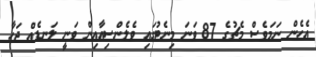
އެހެން ނަމަވެސް މެޗުގެ 87 ވަނަ މިނެޓުގައި ވެލެންސިއާއިން ވަނީ ލަނޑެއް ޖަހާ